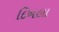
દિખલા